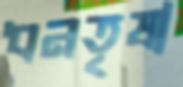
ধনতৃষা